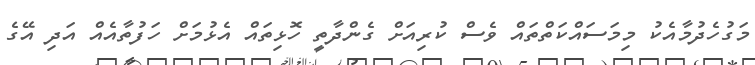
މަގުހެދުމާއެކު މިމަސައްކަތްތައް ވެސް ކުރިއަށް ގެންދާތީ ހޮޅިތައް އެޅުމަށް ހަފުތާއެއް އަދި އޭގެ